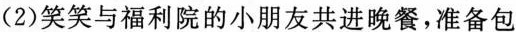
(2)笑笑与福利院的小朋友共进晚餐，准备包